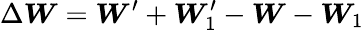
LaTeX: \Delta\boldsymbol{W}=\boldsymbol{W}^{\prime}+\boldsymbol{W}_{1}^{\prime}-\boldsymbol{W}-\boldsymbol{W}_{1}